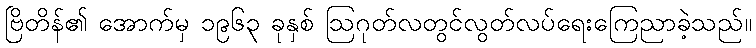
ဗြိတိန်၏ အောက်မှ ၁၉၆၃ ခုနှစ် ဩဂုတ်လတွင်လွတ်လပ်ရေးကြေညာခဲ့သည်။